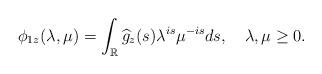
LaTeX: \begin{align*} \phi_{1z}(\lambda,\mu) = \int_{\mathbb{R}}\widehat{g}_z(s)\lambda^{is}\mu^{-is}ds,\quad\lambda,\mu\geq0. \end{align*}